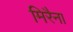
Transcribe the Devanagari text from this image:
मिरैना